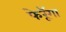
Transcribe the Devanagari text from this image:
फेरूॅगा